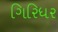
ગિરિધર